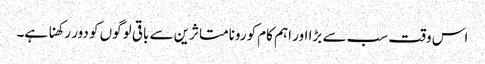
اس وقت سب سے بڑا اور اہم کام کورونا متاثرین سے باقی لوگوں کو دور رکھنا ہے۔